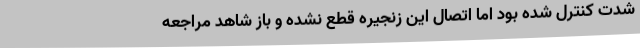
شدت کنترل شده بود اما اتصال این زنجیره قطع نشده و باز شاهد مراجعه